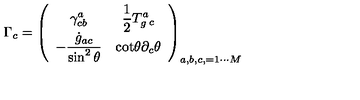
\Gamma _ { c } = \left( \begin{array} { c c c } { \displaystyle { \gamma _ { c b } ^ { a } } } & { \displaystyle { { \frac { 1 } { 2 } T _ { g } ^ { a } { _ c } } } } \\ { \displaystyle { - \frac { { \dot { g } } _ { a c } } { \sin ^ { 2 } \theta } } } & { \displaystyle { \mathrm { c o t } \theta \partial _ { c } \theta } } \\ \end{array} \right) _ { a , b , c , = 1 \cdots M }